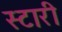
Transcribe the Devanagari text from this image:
स्टारी